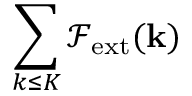
\sum _ { k \le K } \mathcal { F } _ { \mathrm { e x t } } ( { \bf k } )